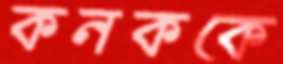
কনককে